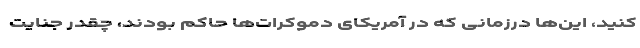
کنید، این‌ها درزمانی که در آمریکای دموکرات‌ها حاکم بودند، چقدر جنایت